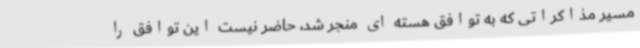
مسیر مذاکراتی که به توافق هسته ای منجر شد، حاضر نیست این توافق را